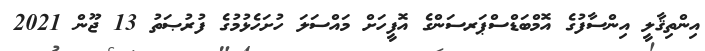
އިންތިޤާލީ އިންސާފުގެ އޮމްބަޑްސްޕަރސަންގެ އޮފީހަށް މައްސަލަ ހުށަހެޅުމުގެ ފުރުޞަތު 13 ޖޫން 2021